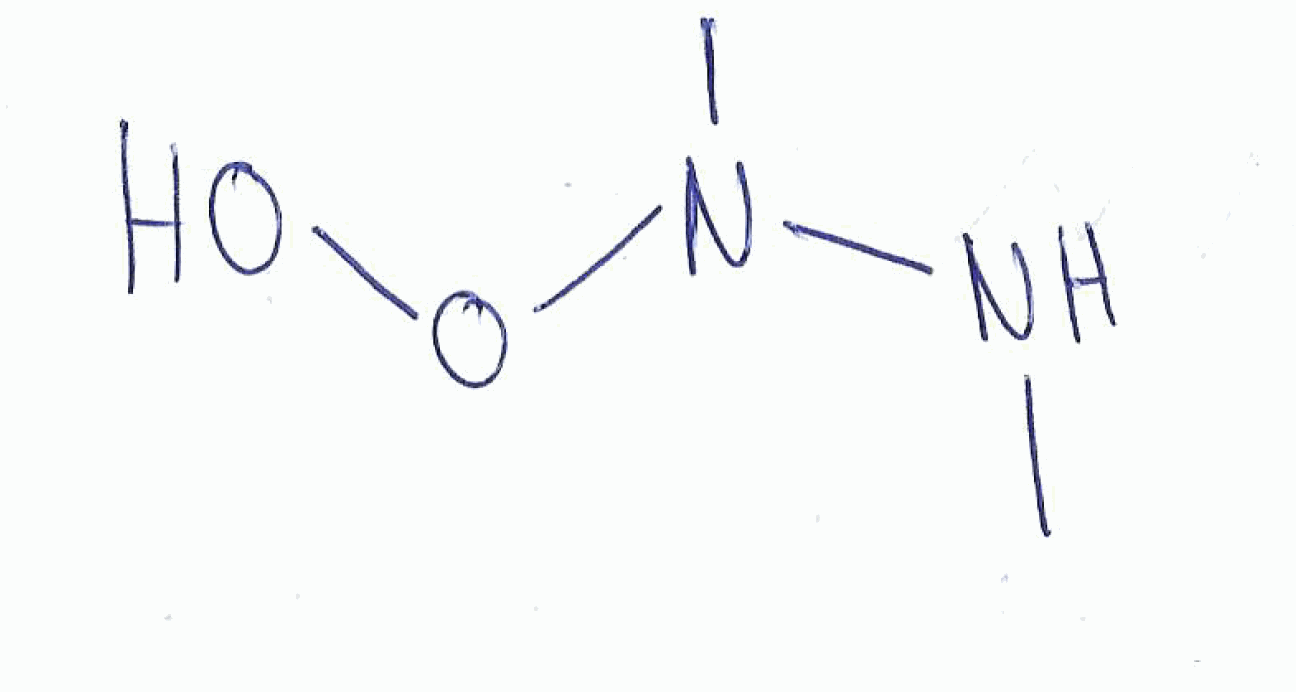
Simplified molecular-input line-entry system (SMILES) notation of the given molecule:
CNN(C)OO